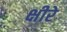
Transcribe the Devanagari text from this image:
क्षीरे